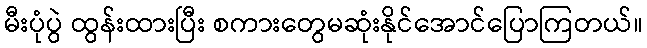
မီးပုံပွဲ ထွန်းထားပြီး စကားတွေမဆုံးနိုင်အောင်ပြောကြတယ်။